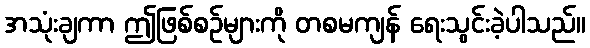
အသုံးချကာ ဤဖြစ်စဉ်များကို တစမကျန် ရေးသွင်းခဲ့ပါသည်။